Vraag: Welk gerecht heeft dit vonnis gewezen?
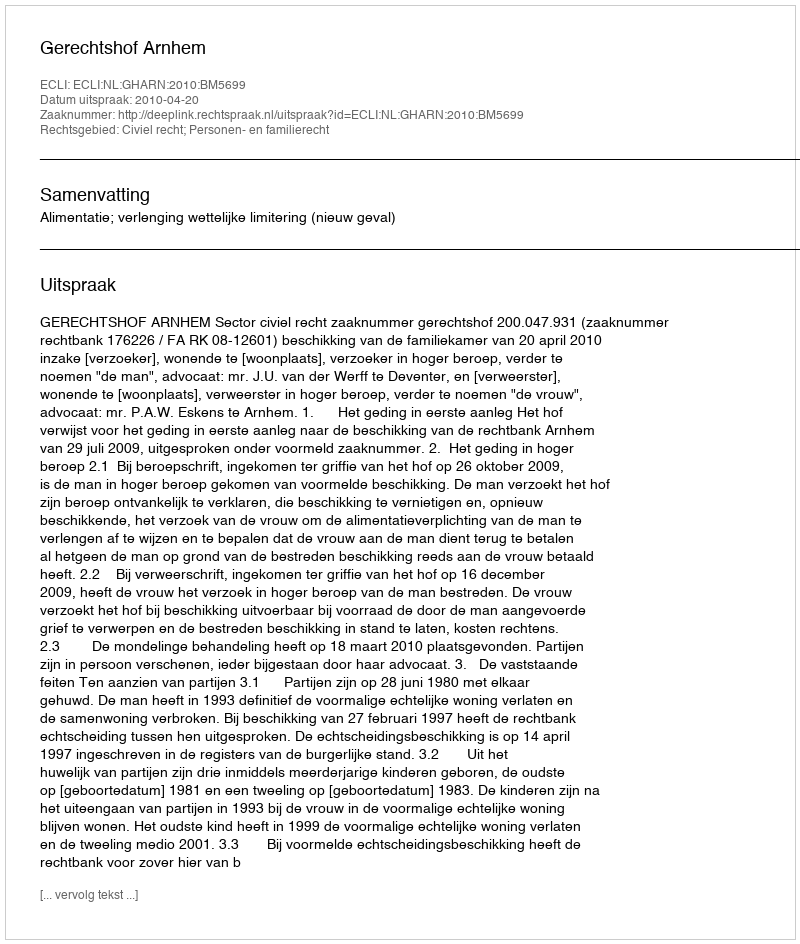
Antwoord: Gerechtshof Arnhem